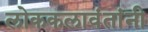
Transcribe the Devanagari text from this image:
लोककलावंतांनी